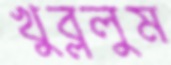
খুব্‌ললুম